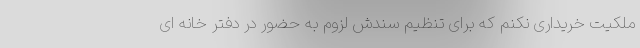
ملکیت خریداری نکنم که برای تنظیم سندش لزوم به حضور در دفتر خانه ای